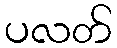
ပလတ်